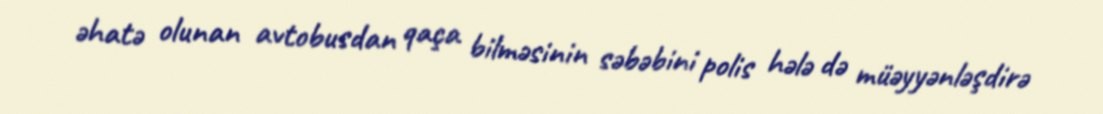
əhatə olunan avtobusdan qaça bilməsinin səbəbini polis hələ də müəyyənləşdirə